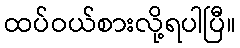
ထပ်ဝယ်စားလို့ရပါပြီ။